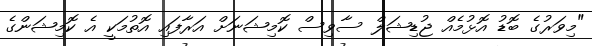
"މިވަރުގެ ބޮޑު އޮޅުމެއް ޖުޑިޝަލް ސާވިސް ކޮމިޝަނަށް އަރާފައި އޮތުމަކީ އެ ކޮމިޝަންގެ